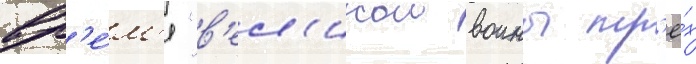
вр'е́м'я "в'ел'икои воины тр'ё́х